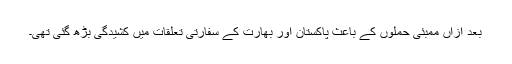
بعد ازاں ممبئی حملوں کے باعث پاکستان اور بھارت کے سفارتی تعلقات میں کشیدگی بڑھ گئی تھی۔